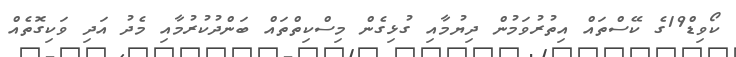
ކޯވިޑް19ގެ ކޭސްތައް އިތުރުވަމުން ދިޔުމާއި ގުޅިގެން މިސްކިތްތައް ބަންދުކުރުމާއި މެދު އަދި ވަކިގޮތެއް